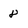
Character: 8